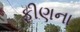
ફીણના